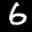
Label: 6